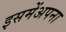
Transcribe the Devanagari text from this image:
इसमेंअपना